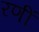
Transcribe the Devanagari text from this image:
रणीं